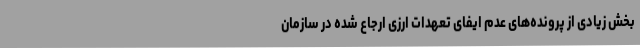
بخش زیادی از پرونده‌های عدم ایفای تعهدات ارزی ارجاع شده در سازمان